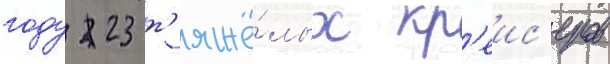
году 23 т'яжё́лых кр'еис'еров